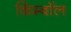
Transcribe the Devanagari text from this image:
किम्बॉल